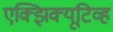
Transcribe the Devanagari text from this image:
एक्झिक्यूटिव्ह